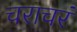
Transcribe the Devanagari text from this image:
चराचरं